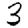
Digit: 3